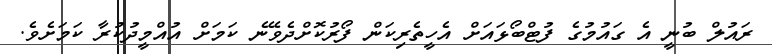
ރައުލް ބުނީ އެ ގައުމުގެ ފުޓްބޯޅައަށް އެހީތެރިކަން ފޯރުކޮށްދެވޭނެ ކަމަށް އުއްމީދުކުރާ ކަމަށެވެ.